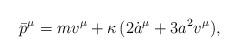
LaTeX: \begin{align*}{\bar p}^{\mu}=mv^\mu+\kappa\,(2{\dot a}^\mu+3a^2v^\mu), \end{align*}